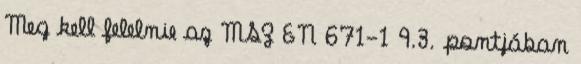
Meg kell felelnie az MSZ EN 671-1 9.3. pontjában